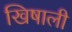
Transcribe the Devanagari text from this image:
खिषाली